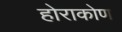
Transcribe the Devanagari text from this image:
होराकोण